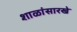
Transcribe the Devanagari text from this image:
शाळांसारखे